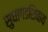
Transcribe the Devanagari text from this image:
सुधागडशिवाय